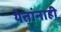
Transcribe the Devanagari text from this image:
येतांनाही